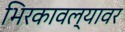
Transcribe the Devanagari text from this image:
भिरकावल्यावर